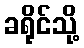
ခရိုင်သို့